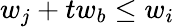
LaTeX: w_{j}+tw_{b}\leq w_{i}